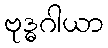
ဗုဒ္ဓဂါယာ